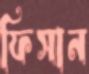
ফিসান